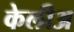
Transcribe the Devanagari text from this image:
केलीअ